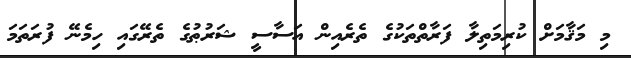
މި މަޤާމަށް ކުރިމަތިލާ ފަރާތްތަކުގެ ތެރެއިން އަސާސީ ޝަރުޠުގެ ތެރޭގައި ހިމެނޭ ފުރަތަމަ